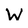
Character: W